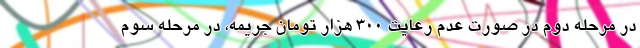
در مرحله دوم در صورت عدم رعایت ۳۰۰ هزار تومان جریمه، در مرحله سوم